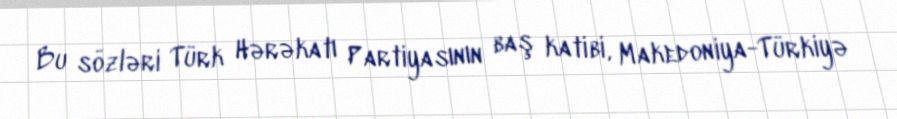
Bu sözləri Türk Hərəkatı Partiyasının baş katibi, Makedoniya-Türkiyə